Scottish Leaving Certificate Examination, 1956
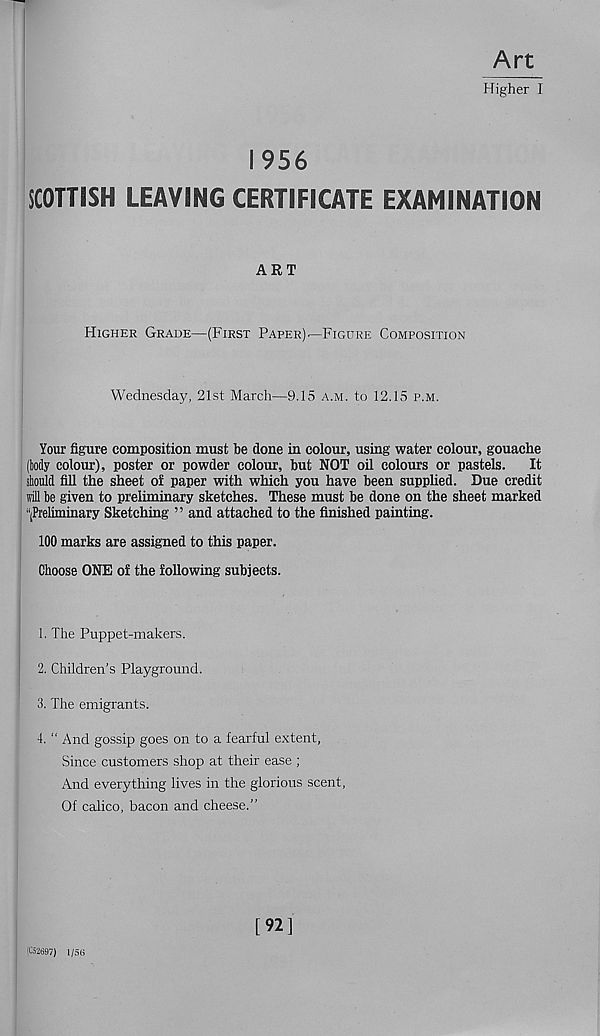
Art
Higher I
1956
SCOTTISH LEAVING CERTIFICATE EXAMINATION
ART
Higher Grade—(First Paper)—Figure Composition
Wednesday, 21st March—9.15 a.m. to 12.15 p.m.
Your figure composition must be done in colour, using water colour, gouache
(body colour), poster or powder colour, but NOT oil colours or pastels.
It
should fill the sheet of paper with which you have been supplied. Due credit
will be given to preliminary sketches. These must be done on the sheet marked
‘[Preliminary Sketching ” and attached to the finished painting.
100 marks are assigned to this paper.
Choose ONE of the following subjects.
1. The Puppet-makers.
2. Children’s Playground.
3. The emigrants.
4. “ And gossip goes on to a fearful extent,
Since customers shop at their ease ;
And everything lives in the glorious scent,
Of calico, bacon and cheese.”
(®697) 1/56
[92]